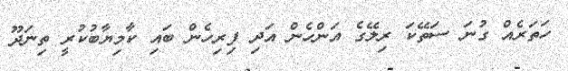
ހަތަރެއް ގުނަ ސަތޭކަ ރިލޭގެ އަންހެން އަދި ފިރިހެން ބައި ކާމިޔާބުކުރީ ތިނަދޫ